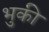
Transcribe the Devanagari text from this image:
भुकी